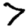
Digit: 7